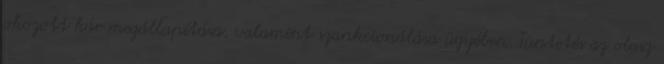
okozott kár megállapítása, valamint szankcionálása ügyében. Tüntetés az olasz